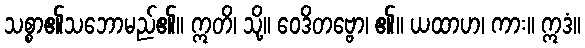
သစ္စာ၏သဘောမည်၏။ ဣတိ၊ သို့။ ဝေဒိတဗ္ဗော၊ ၏။ ယထာဟ၊ ကား။ ဣဒံ။